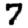
Digit: 7